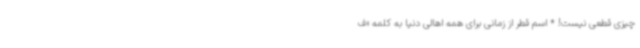
چیزی قطعی نیست! * اسم قطر از زمانی برای همه اهالی دنیا به کلمه «ف